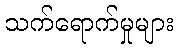
သက်ရောက်မှုများ